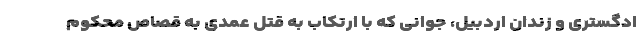
ادگستری و زندان اردبیل، جوانی که با ارتکاب به قتل عمدی به قصاص محکوم